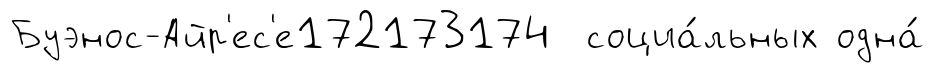
Буэнос-Айр'ес'е172173174 социа́льных одна́